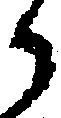
か